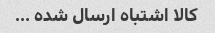
کالا اشتباه ارسال شده …